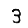
Digit: 3